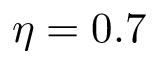
\eta = 0 . 7